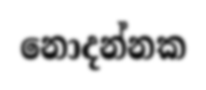
නොදන්නක